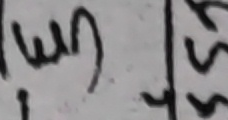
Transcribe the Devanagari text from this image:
खुग ५३